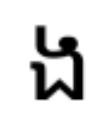
ង